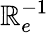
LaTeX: \mathbb{R}_{e}^{-1}